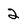
Character: 2